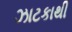
ઝાટકાથી